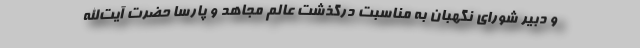
و دبیر شورای نگهبان به مناسبت درگذشت عالم مجاهد و پارسا حضرت آیت‌الله